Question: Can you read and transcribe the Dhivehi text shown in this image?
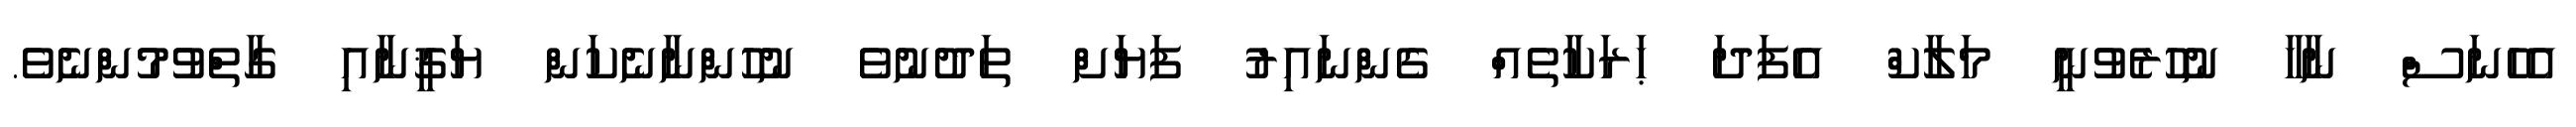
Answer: އެހެނަސް ނާހާ ނުހުރެވުނީ މަލާކް އެފަދަ ޙަރަކާތެއް ގެންނައިރު ފަޔަށް ތަދުނުވެ ނުހުންނާނެކަން ޔަޤީނާއި ގާތްވުމުންނެވެ.